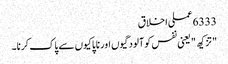
6333 عملی اخلاق
" تزکیھ " یعنی نفس کو آلودگیوں اور ناپاکیوں سے پاک کرنا۔